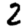
Digit: 2